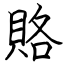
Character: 賂